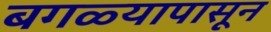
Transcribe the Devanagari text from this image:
बगळ्यापासून